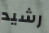
رشيد